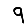
Digit: 9